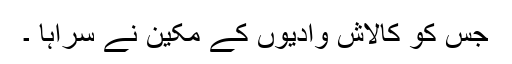
جس کو کالاش وادیوں کے مکین نے سراہا ۔